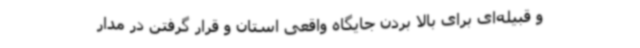
و قبیله‌ای برای بالا بردن جایگاه واقعی استان و قرار گرفتن در مدار